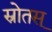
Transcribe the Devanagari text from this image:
स्रोतस्